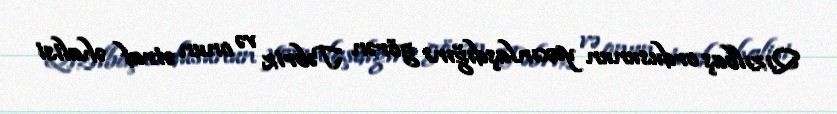
Qızılbaş ordusunun yaxınlaşdığını görən Təbriz və onun ətraf əhalisi